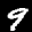
Label: 9